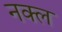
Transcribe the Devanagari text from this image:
नक्ल